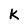
Character: K